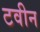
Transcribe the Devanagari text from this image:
टवीन